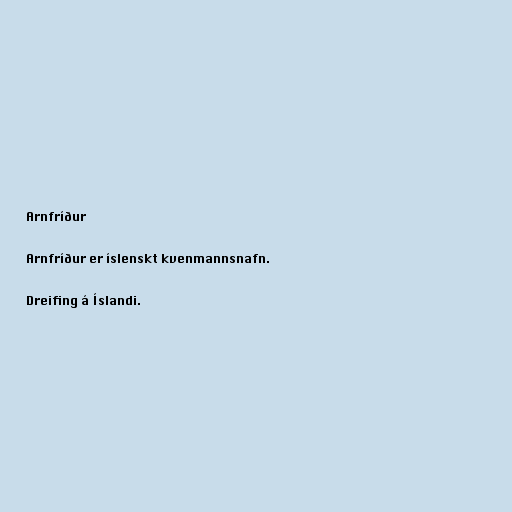
Arnfríður

Arnfríður er íslenskt kvenmannsnafn.

Dreifing á Íslandi.